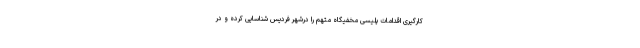
کارگیری اقدامات پلیسی مخفیگاه متهم را درشهر فردیس شناسایی کرده و در